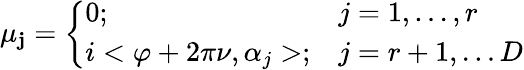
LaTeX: \mu_{\mathbf{j}}=\left\{ \begin{array}{ll}{{0;}}&{{j=1,\ldots,r}}\\ {{i<\varphi+2\pi\nu,\alpha_{j}>;}}&{{j=r+1,\ldots D}}\end{array}\right.